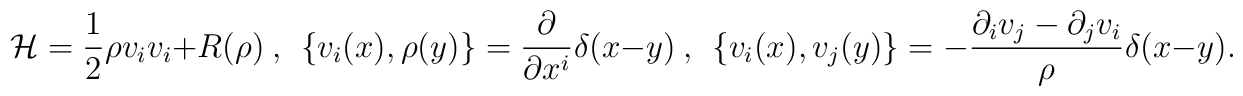
{\cal H}={1\over 2}\rho v_iv_i +R(\rho )~,~~\{v_i(x),\rho (y)\}={{\partial } \over {\partial x^i}}\delta (x-y)~,~~\{v_i(x),v_j(y)\}= -{{\partial _iv_j-\partial _jv_i}\over {\rho }}\delta (x-y).